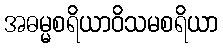
အဓမ္မစရိယာဝိသမစရိယာ